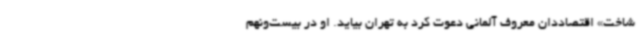
شاخت» اقتصاددان معروف آلمانی دعوت کرد به تهران بیاید. او در بیست‌ونهم